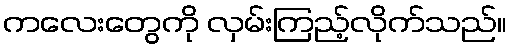
ကလေးတွေကို လှမ်းကြည့်လိုက်သည်။